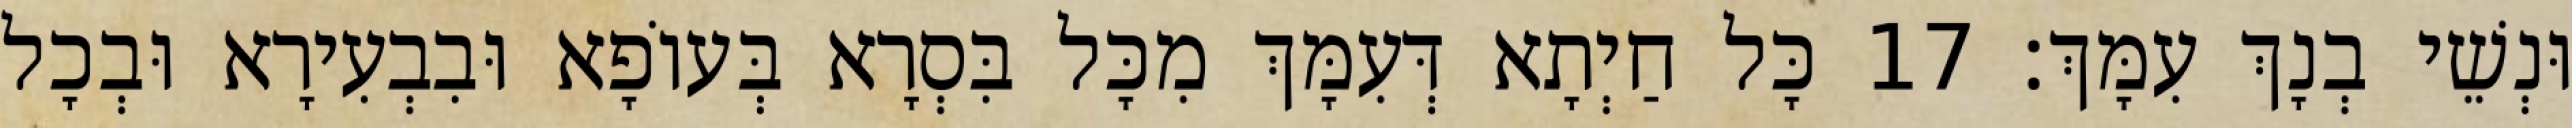
וּנְשֵׁי בְנָךְ עִמָּךְ׃ 17 כָּל חַיְתָא דְּעִמָּךְ מִכָּל בִּסְרָא בְּעוֹפָא וּבִבְעִירָא וּבְכָל